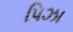
પિઝા